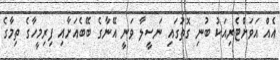
އެއް އަވަށްޓެރިއަކު ބުނި ގޮތުގައި ނަސީލާ ވަނީ އޭނާގެ ބޭބެއަށާއި ފިރިމީހާގެ ތިމާގެ